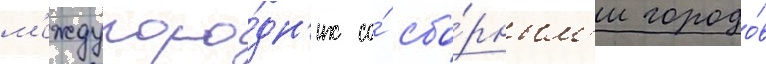
м'еждугоро́дн'их со́ сбо́рным'и городо́в